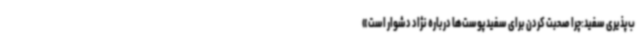
ب‌پذیری سفید:چرا صحبت کردن برای سفیدپوست‌ها درباره نژاد دشوار است»